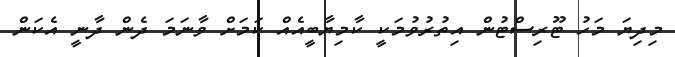
މިދިޔަ މަހު ޓޫރިސްޓުން އިތުރުވުމަކީ ކާމިޔާބީއެއް ކަމަށް ވާނަމަ ދެން ދާނީ އެކަން